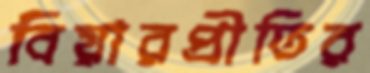
বিয়ারপ্রীতির